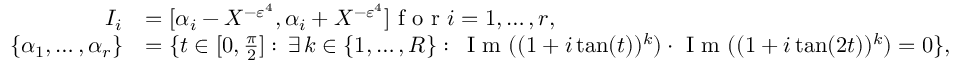
\begin{array} { r } { \begin{array} { r l } { I _ { i } } & { = [ \alpha _ { i } - X ^ { - \varepsilon ^ { 4 } } , \alpha _ { i } + X ^ { - \varepsilon ^ { 4 } } ] \textnormal { f o r } i = 1 , \ldots , r , } \\ { \{ \alpha _ { 1 } , \ldots , \alpha _ { r } \} } & { = \{ t \in [ 0 , \frac { \pi } { 2 } ] : \, \exists \, k \in \{ 1 , \ldots , R \} : \, \textup { I m } ( ( 1 + i \tan ( t ) ) ^ { k } ) \cdot \textup { I m } ( ( 1 + i \tan ( 2 t ) ) ^ { k } ) = 0 \} , } \end{array} } \end{array}